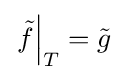
\left.{\tilde {f}}\right|_{T}={\tilde {g}}